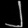
Digit: ၂